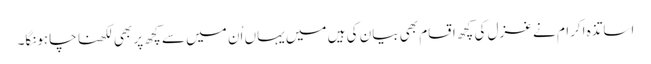
اساتذہ اکرام نے غزل کی کچھ اقسام بھی بیان کی ہیں میں یہاں اُن میں سے کچھ پر بھی لکھنا چاہونگا۔